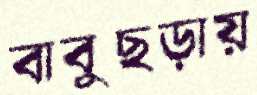
বাবুছড়ায়